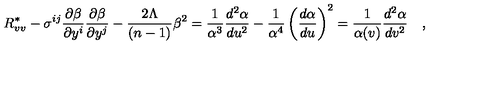
R _ { v v } ^ { \ast } - { \sigma } ^ { i j } \frac { \partial \beta } { \partial y ^ { i } } \frac { \partial \beta } { \partial y ^ { j } } - \frac { 2 \Lambda } { ( n - 1 ) } \beta ^ { 2 } = \frac { 1 } { \alpha ^ { 3 } } \frac { d ^ { 2 } \alpha } { d u ^ { 2 } } - \frac { 1 } { \alpha ^ { 4 } } \left( \frac { d \alpha } { d u } \right) ^ { 2 } = \frac { 1 } { \alpha ( v ) } \frac { d ^ { 2 } \alpha } { d v ^ { 2 } } \quad ,